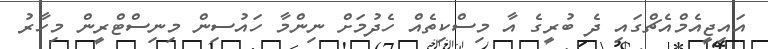
އައިޖީއެމްއެޗްގައި ދެ ބުރީގެ އާ މިސްކިތެއް ހެދުމަށް ނިންމާ ހައުސިން މިނިސްޓްރީން މިހާރު